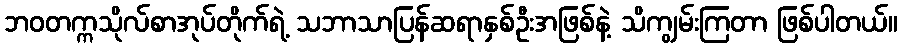
ဘဝတက္ကသိုလ်စာအုပ်တိုက်ရဲ့ သဘာသာပြန်ဆရာနှစ်ဦးအဖြစ်နဲ့ သိကျွမ်းကြတာ ဖြစ်ပါတယ်။